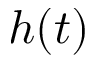
h ( t )